Vaccination in Bombay 1889-1901 - 1889-1901
Year: 1889
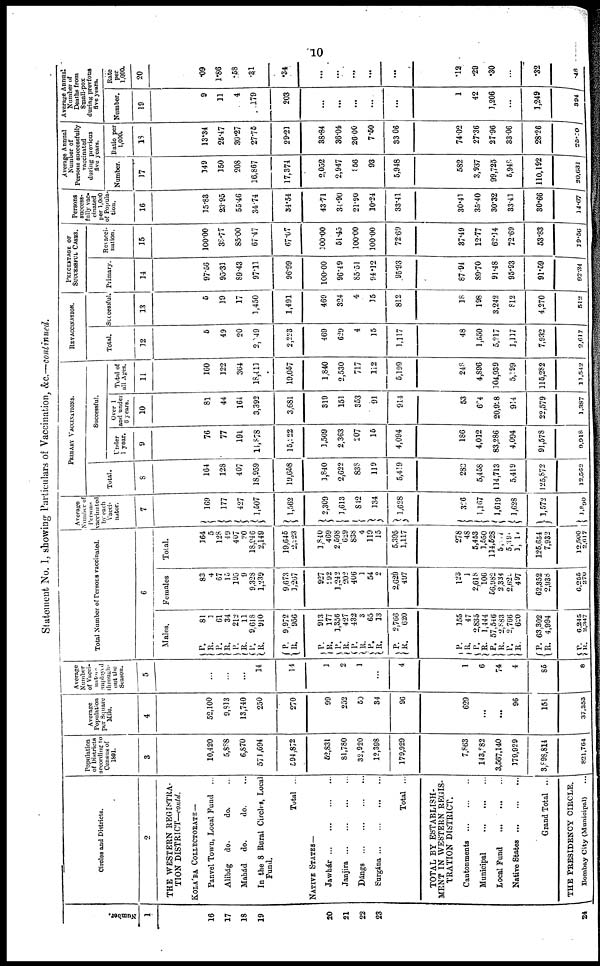
10
Statement No. I, showing Particulars of Vaccination, &c.—continued.
Number.
1
16
17
18
19
20
21
22
23
24
Circles and Districts.
2
THE WESTERN REGISTRA-
TION DISTRICT—contd.
KOLÁBA COLLECTORATE—
Panvel Town, Local Fund ...
Alibág do.
do. ...
Mahád
do.
do. ...
In the 8 Rural Circles, Local
Fund.
Total ...
NATIVE STATES—
Jawhár...
...
...
...
Janjira...
...
...
...
Dángs
...
...
...
...
Surgána ... ... ... ...
Total ...
TOTAL BY ESTABLISH-
MENT IN WESTERN REGIS-
TRATION DISTRICT.
Cantonments
...
...
...
Municipal
...
...
...
Local Fund
...
...
...
Native
States...
...
...
Grand Total ...
THE PRESIDENCY CIRCLE.
Bombay City (Municipal) ...
Population
of Districts
according to
Census of
1891.
3
10,420
5,888
6,870
571,694
594,872
52,831
81,780
32,920
12,398
179,929
7,863
143,882
3,567,140
179,929
3,898,814
821,764
Average
Population
pur Square
Mile.
4
52,100
9,813
13,740
250
270
99
252
50
34
96
629
...
...
96
151
37,353
Average
Number
of Vacci¬
nators
employed
through-
out the
Season.
5
...
...
...
14
14
1
2
1
...
4
1
6
74
4
85
8
Total Number of Persons vaccinated.
6
Males.
P.
R.
P.
R.
P.
R.
P.
R.
P.
R.
81
1
61
34
212
11
9,618
910
9,972
956
P.
R.
P.
R.
P.
R.
P.
R.
P.
R.
913
177
1,356
427
432
3
65
13
2,766
620
P.
R.
P.
R.
P.
R.
P.
R.
P.
R.
155
47
2,835
1,444
57,546
2,883
2,766
620
63,302
4,994
P.
R.
6,245
2,347
Females
83
4
67
15
195
9
9,328
1,239
9,673
1,267
927
292
1,242
202
406
1
54
2
2,629
497
123
1
2,618
106
56,982
2,334
2,625
497
62,352
2,938
6,255
270
Total.
164
5
128
49
407
20
18,946
2,149
19,645
2,223
1,840
469
2,598
629
838
4
119
15
5,395
1,117
278
48
5,453
1,550
114,528
5,007
5,391
1, 17
125,654
7,932
12,500
2,617
Average
Number of
Persons
vaccinated
by each
Vacci¬
nator.
7
169
177
427
1,507
1,562
2,309
1,613
842
134
1,628
326
1,167
1,619
1,628
1,572
1,890
PRIMARY VACCINATIONS.
Total.
8
164
128
407
18,959
19,658
1,840
2,622
838
119
5,419
282
5,458
114,713
5,419
125,872
12,562
Successful.
Under
1 year.
9
76
77
191
11,878
15,222
1,509
2,363
207
15
4,094
186
4,012
83,286
4,094
91,578
9,918
Over 1
and under
6 years.
10
81
44
164
3,392
3,681
319
151
353
91
914
53
684
20,928
914
22,579
1,387
Total of
all Ages.
11
160
122
364
18,411
19,057
1,840
2,530
717
112
5,199
248
4,896
104,939
5,199
115,282
11,542
REVACCINATIONS
Total.
12
5
49
20
2, 49
2,223
469
629
4
15
1,117
48
1,550
5,217
1,117
7,932
2,617
Successful.
13
5
19
17
1,450
1,491
469
324
4
15
812
18
198
3,242
812
4,270
512
PERCENTAGE OF
SUCCESSFUL CASES.
Primary.
14
97.56
95.31
89.43
97.11
96.99
100.00
96.49
85.51
94.12
95.93
87.94
89.70
91.48
95.93
91.59
92.34
Revacci¬
nation.
15
100.00
38.77
85.00
67.47
67.07
100.00
51.45
100.00
100.00
72.69
37.49
12.77
62.14
72.69
53.83
19.56
Persons
success-
fully vac-
cinated
per 1,000
of Popula-
tion.
16
15.83
23.95
55.46
34.74
34.54
43.71
34.90
21.90
10.24
33.41
30.41
35.40
30.32
33.41
30.66
14.67
Average Annual
Number of
Persons successfully
vaccinated
during previous
five years.
Number.
17
149
150
208
16,867
17,374
2,052
2,947
856
93
5,948
582
3,937
99,725
5,948
110,192
20,631
Ratio per
1,000.
18
13.34
25.47
30.27
27.75
29.21
38.84
36.04
26.00
7.50
33.06
74.02
27.36
27.96
33.06
28.26
25.10
Average Annual
Number of
Deaths from
Small-pox
during previous
five years.
Number.
19
9
11
4
179
203
...
...
...
...
...
1
42
1,206
...
1,249
394
Rate
per
1,000
20
.09
1.86
.58
.31
.34
...
...
...
...
...
.12
.29
.30
...
.32
.48